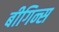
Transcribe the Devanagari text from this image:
बीगिन्स